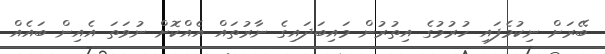
ބޭރަށް ނިކުމެފައި ހުރުމުގެ އިތުރުން މައިބަދައިގެ ނާރުތައް އެއްކޮށް ނުވަތަ އެއިން ބައެއް